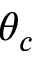
\theta _ { c }